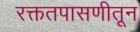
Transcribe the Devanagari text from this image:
रक्ततपासणीतून